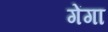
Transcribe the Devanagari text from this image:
गेंगा